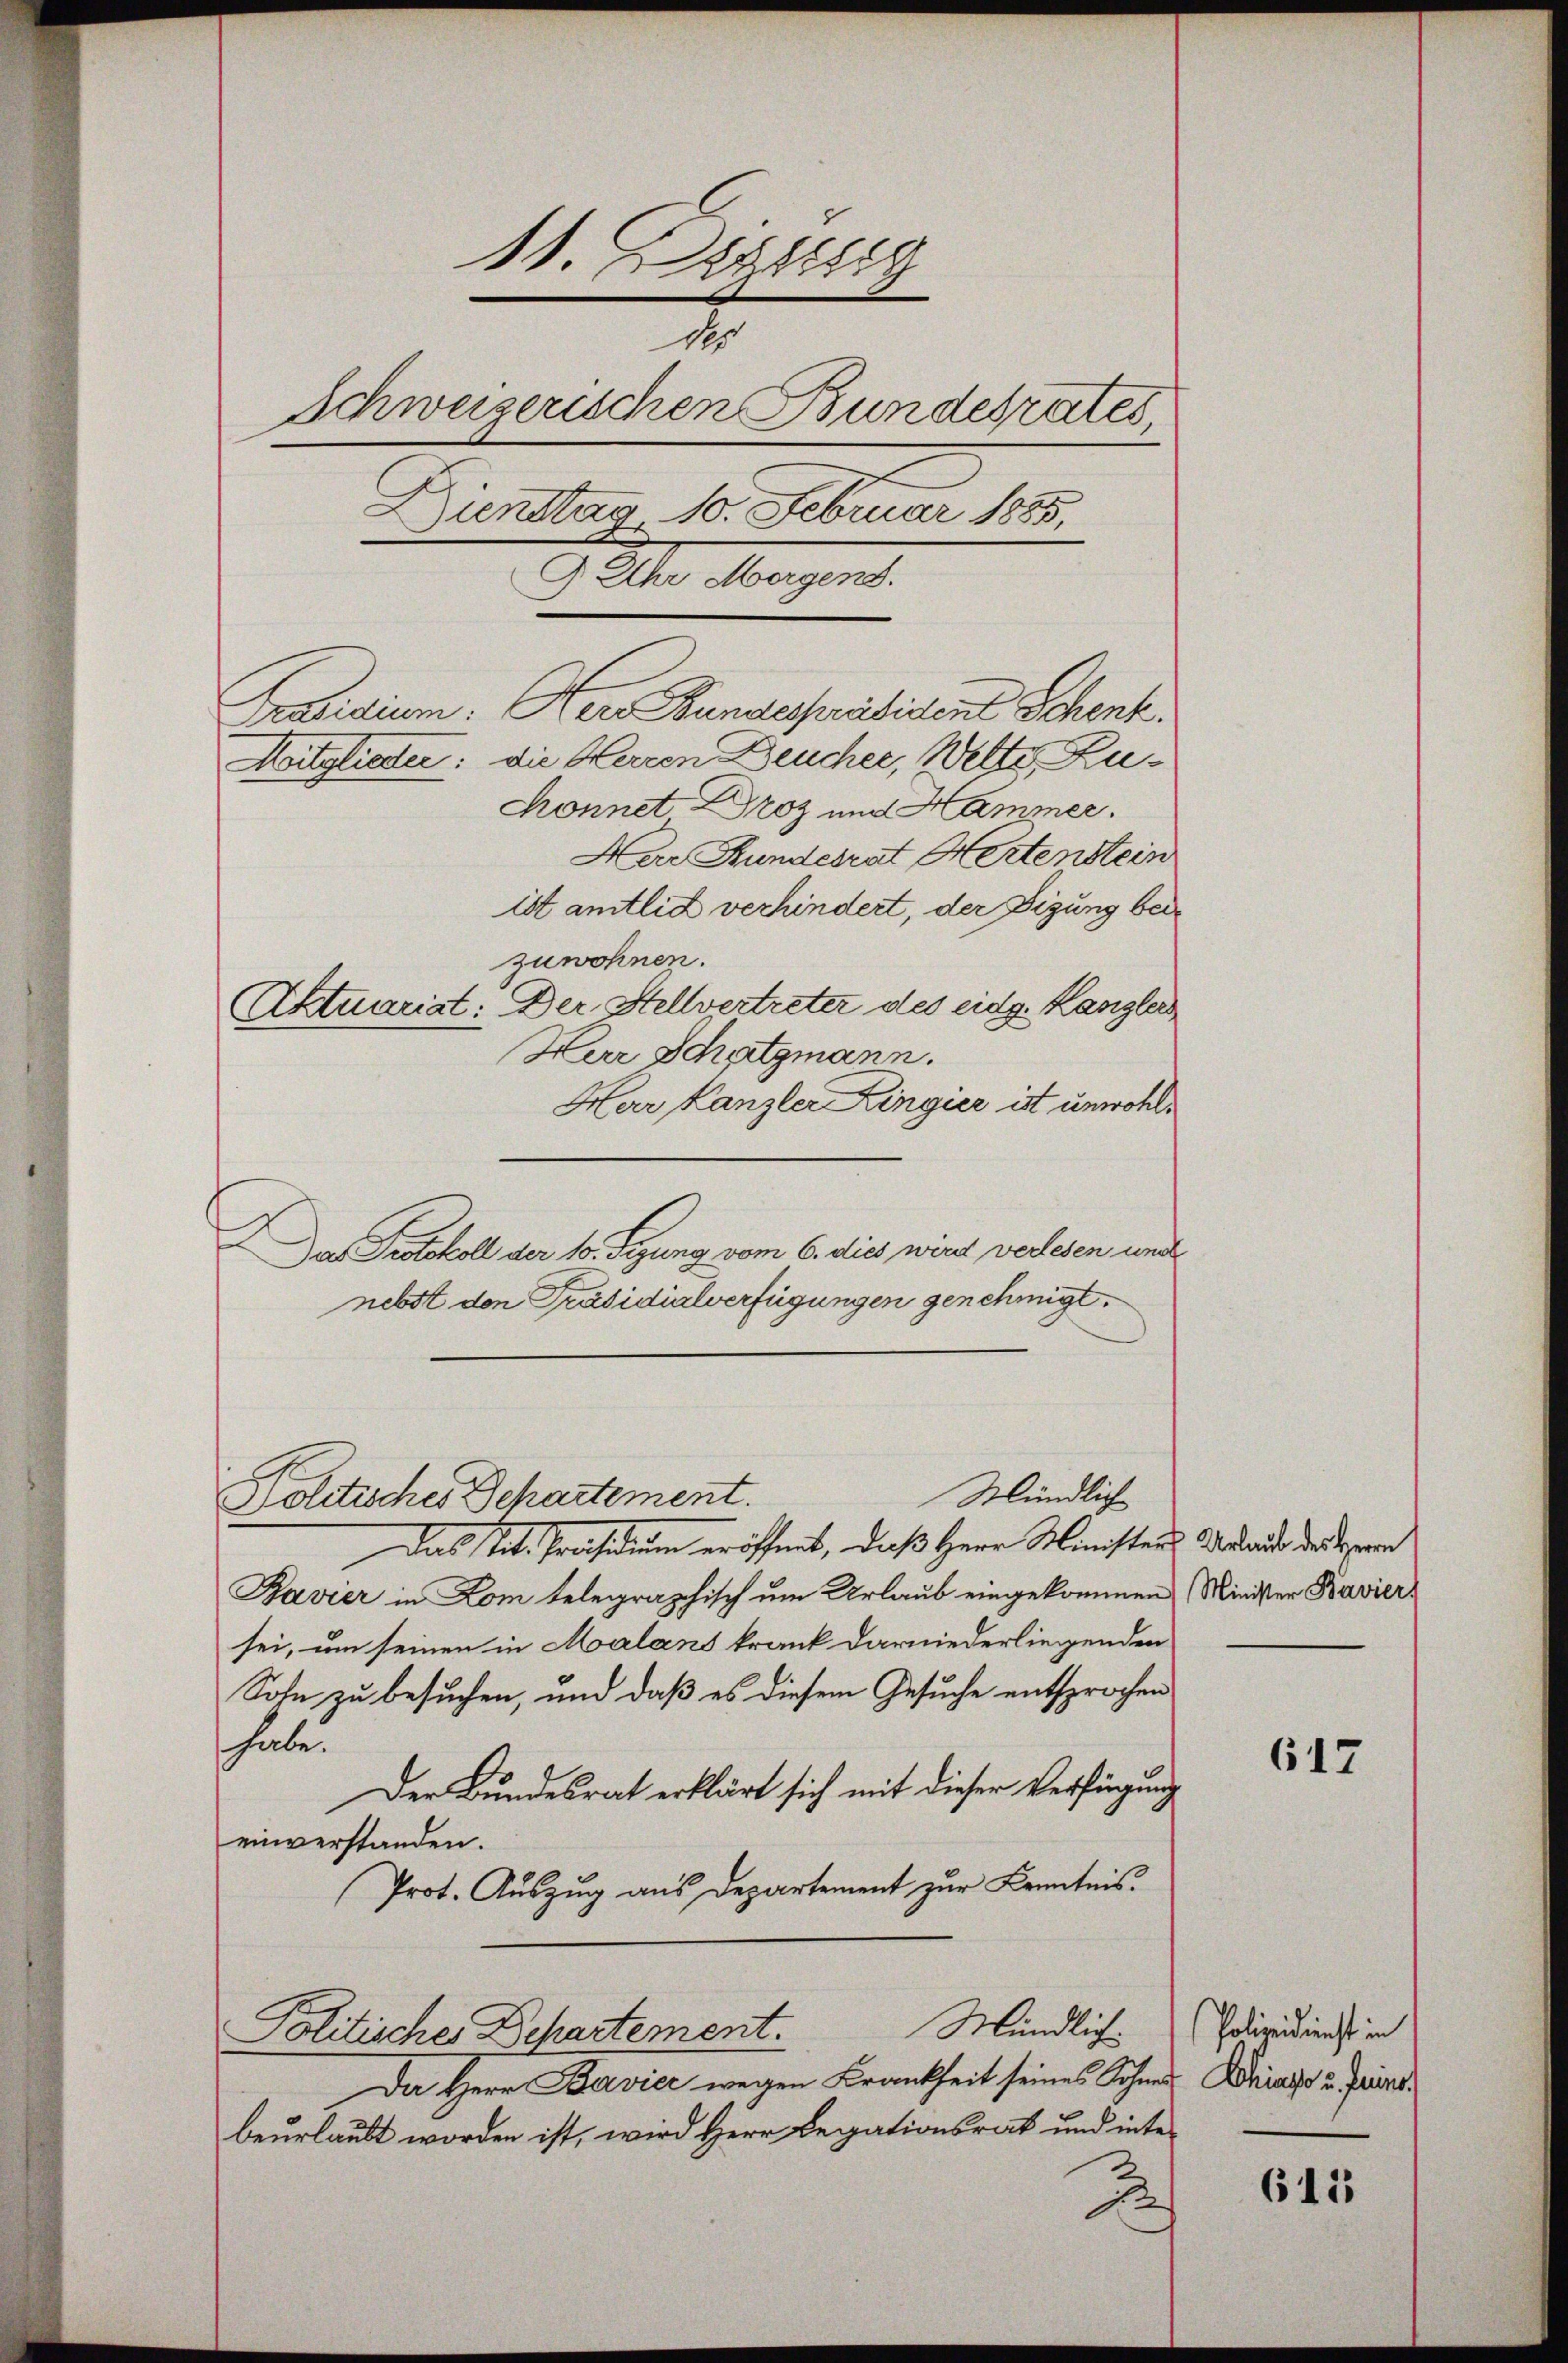
11. 1888
1
Schweizerischen Bundesrates
Dienstag 10. Februar 1885.
9 Uhr Morgend.
Präsidium. Der Bundespräsident Schenk
Mitgliester: die Herren Deucher, Welte Zu¬
Connet Droz und Hammer.
Herr Bundesrat Hertenstein

ist amtlich verhindert, der Fizung beizuwohnen.
Aktuarist: Der Stellvertreter des eidg. Kanzlers
Herr Schatzmann.
Herr Kanzler Lingier ist unwohl¬
DDas Protokoll der 10. Segung vom 6. dies wird verlesen und
nebst den Präsidialverfügungen genehmigt.
Mündlich
Politisches Departement.
Das Tit. Präsidium eröffnet, daß Herr Ministers Malante der Herrn
Bavier in Lom telegraphisch um Urlaub eingekommen
sei, um seinen in Malans krank darniederliegenden
Sohn zu besuchen, und daß es diesem Gesuche entsprochen
haben
Der Bundesrat erklärt sich mit dieser Verfügung
einverstanden.
Prot. Auszug aus Departement zur Kenntnis.
Mündlich
Politisches Departement.
Da Herr Bavier wegen Brankheit seines Sohnes Briefe u. Fristbeurlaubt worden ist, wird Herr Legationsrat und inte¬
2

Minister Baviers

617

Polizeidienst in

611